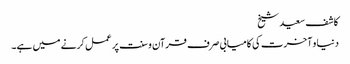
کاشف سعید شیخ
دنیا و آخرت کی کامیابی صرف قرآن و سنت پر عمل کرنے میں ہے۔